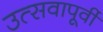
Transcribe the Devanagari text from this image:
उत्सवापूर्वी